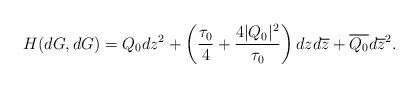
LaTeX: \begin{align*}H(dG,dG)=Q_0dz^2+\left(\frac{\tau_0}{4}+\frac{4|Q_0|^2}{\tau_0}\right)dzd\overline{z}+\overline{Q_0}d\overline{z}^2.\end{align*}